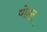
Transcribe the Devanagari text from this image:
योहन्न